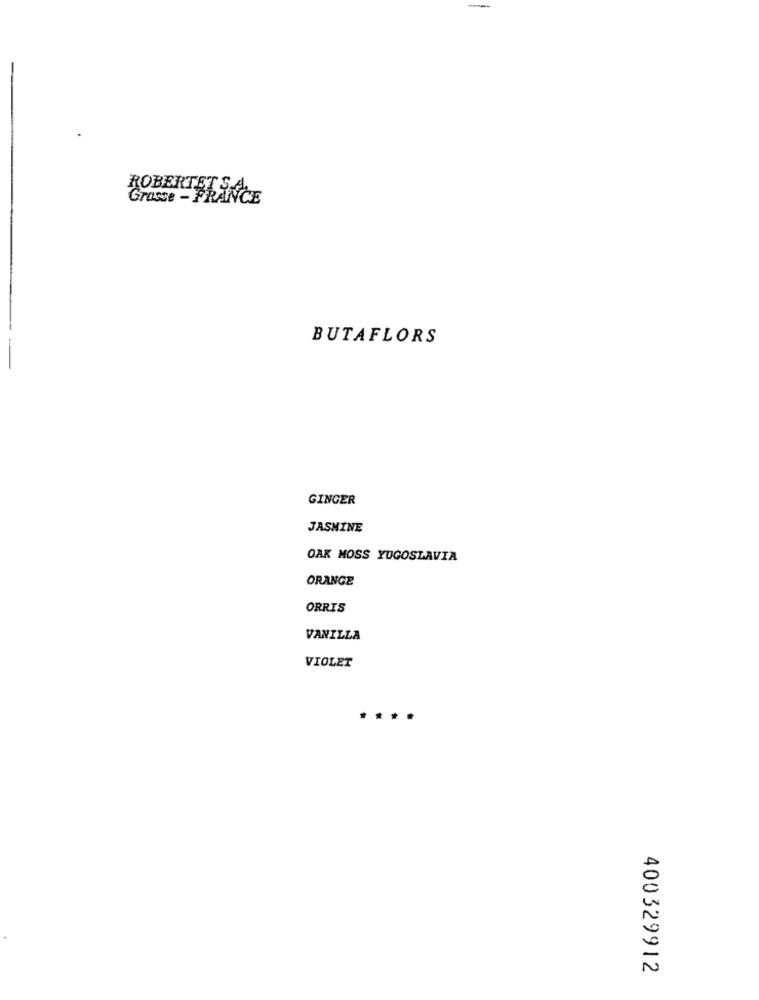
Grasse - FRANCE
BUTAFLORS
GINGER
JASMINE
OAK MOSS YUGOSLAVIA
ORANGE
ORRIS
VANILLA
VIOLET
400329912